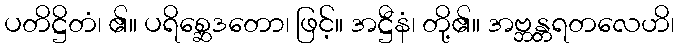
ပတိဋ္ဌိတံ၊ ၏။ ပရိစ္ဆေဒတော၊ ဖြင့်။ အဋ္ဌီနံ၊ တို့၏။ အဗ္ဘန္တရတလေဟိ၊